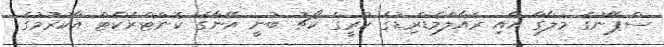
ސްޕޭނުގެ މަލާގާ އާއި ރެއާލްމެޑްރިޑުގެ ކުރީގެ ކޯޗު ބުނީ އޭނާގެ ކޮންޓްރެކްޓް އާކުރުމުގެ